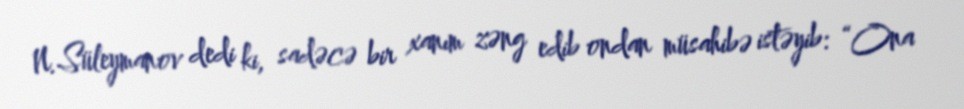
N.Süleymanov dedi ki, sadəcə bir xanım zəng edib ondan müsahibə istəyib: “Ona